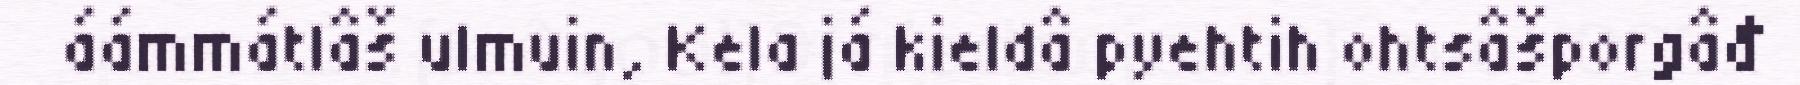
áámmátlâš ulmuin, Kela já kieldâ pyehtih ohtsâšporgâđ